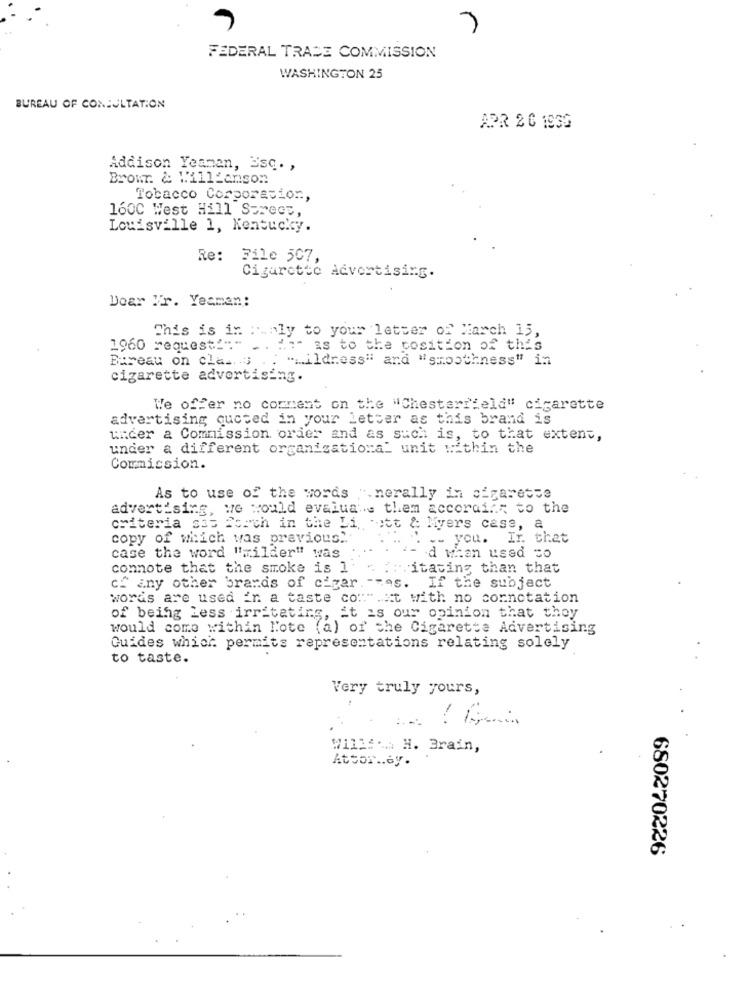
FEDERAL TRADE COMMISSION
WASHINGTON 25
BUREAU OF CONSULTATION
APR 2 0 193G
Addison Yeaman, Esc. ,
Brown & Williamson
Tobacco Corporacion,
1600 West Hill Surece,
Louisville 1, Kentucky.
Re:
File 507,
Cigarette Advertising.
Dear Mr. Yesman:
This is in ".nly to your letter of March 15,
1960 request != "
.. i." as to the position of this
Bureau on class .. " ... ildress" and "smoothness" in
cigarette advertising.
We offer no comment on the "Chesterfield" cigarette
advertising quoted in your letter as this brand is
under a Commission order and as such is, to that extent,
under a different organizational unit within the
Commission.
As to use of the words ".nerally in cigarette
advertising, we would evaluates them according to the
criteria sos Porch in the Li "ott & Myers case, a
copy of which was previous ...
. " .. ;- you.
Ir. that
case the word "milder" was
:- d when used to
connote that the smoke is 1
. :: itating than that
of any other brands of cigar. - mas. If the subject
words are used In a taste com".it with no connotation
of being Less irritating, it is our opinion that they
would come within Note (a) of the Cigarette Advertising
Guides which permits representations relating solely
to taste.
Very truly yours,
W111 :-... H. Brain,
Attor .. ey.
680270226